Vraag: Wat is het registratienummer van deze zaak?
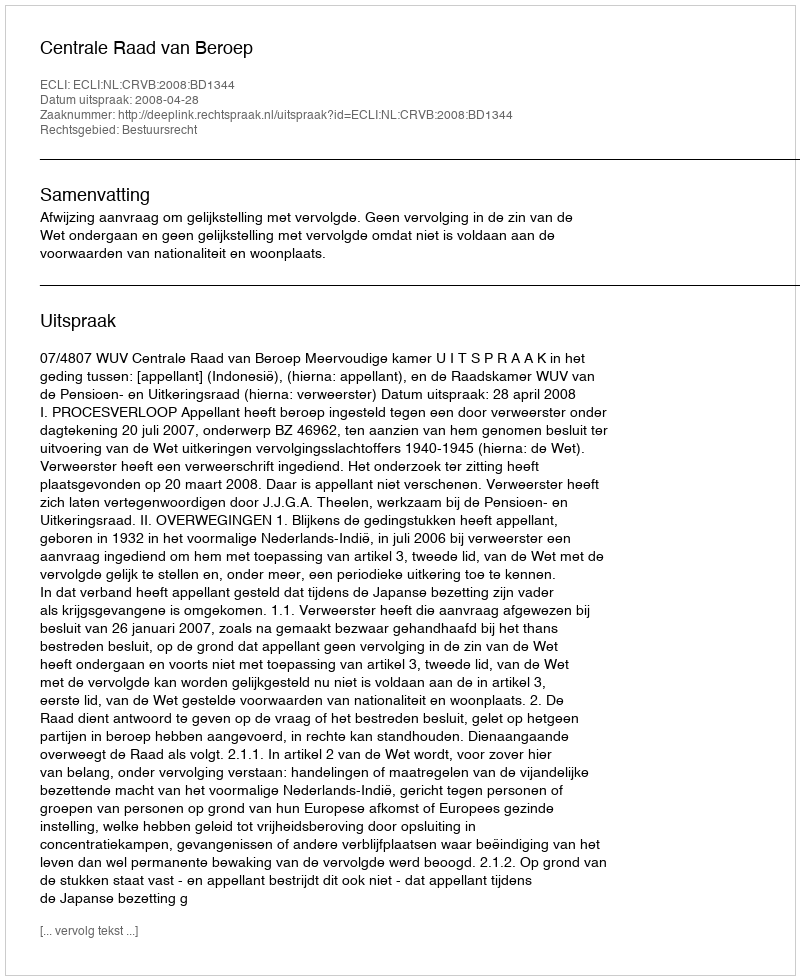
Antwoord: http://deeplink.rechtspraak.nl/uitspraak?id=ECLI:NL:CRVB:2008:BD1344